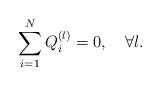
LaTeX: \begin{align*}\sum_{i=1}^N Q^{(l)}_i =0,\quad\forall l. \end{align*}